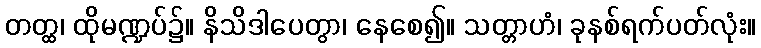
တတ္ထ၊ ထိုမဏ္ဍပ်၌။ နိသိဒါပေတွာ၊ နေစေ၍။ သတ္တာဟံ၊ ခုနစ်ရက်ပတ်လုံး။